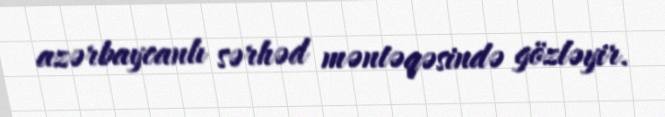
azərbaycanlı sərhəd məntəqəsində gözləyir.